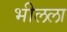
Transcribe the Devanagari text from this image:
भीलला